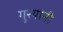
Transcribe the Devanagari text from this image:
गुरयानी